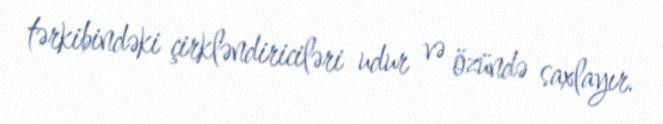
tərkibindəki çirkləndiriciləri udur və özündə saxlayır.